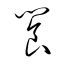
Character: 饗